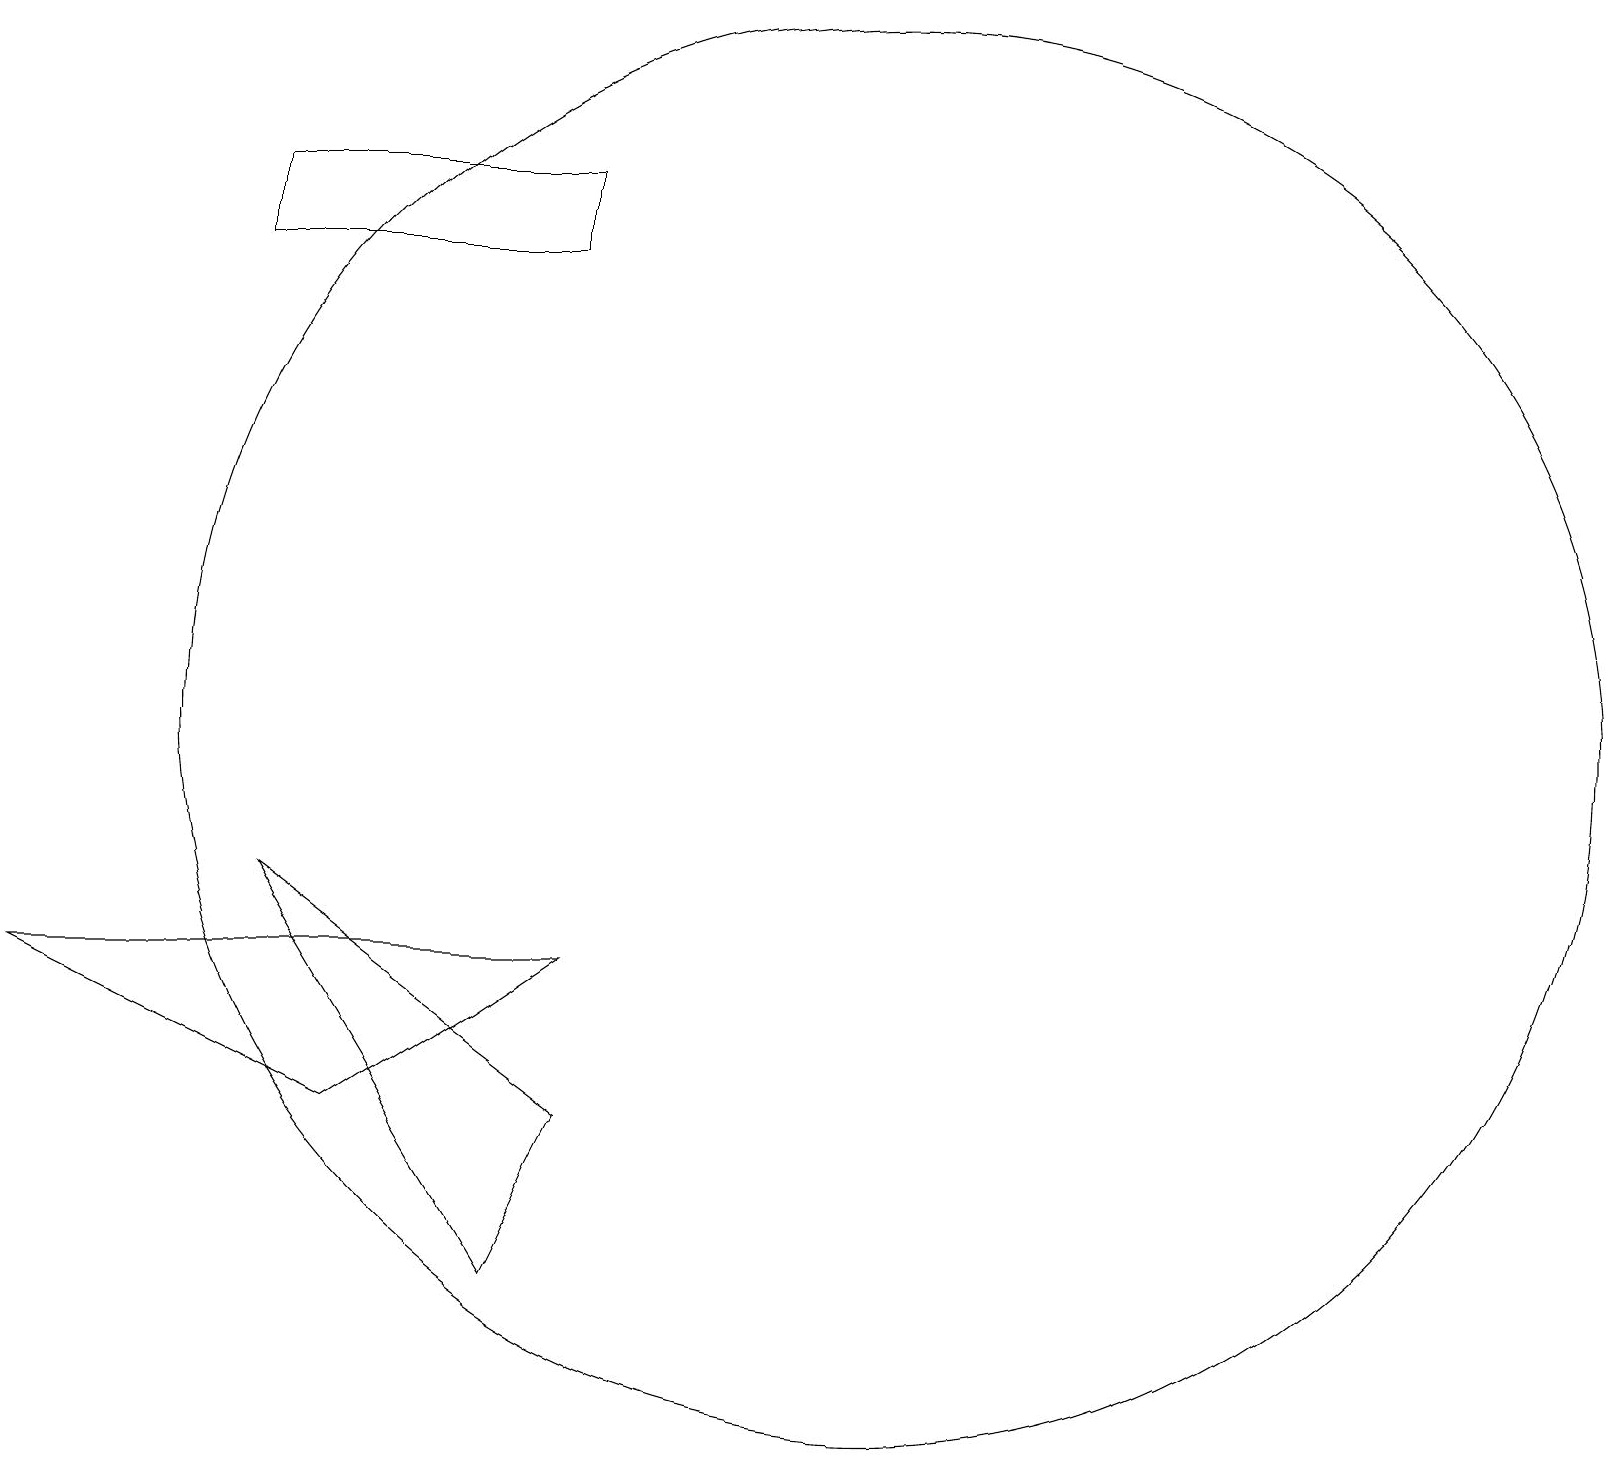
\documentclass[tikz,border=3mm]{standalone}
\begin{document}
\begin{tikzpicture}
\draw (4,17) rectangle (8,18);
\draw (7,4) -- (4,9) -- (8,6) -- cycle;
\draw (12,11) circle (9);
\draw (8,8) -- (1,8) -- (5,6) -- cycle;
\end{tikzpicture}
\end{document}